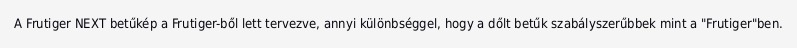
A Frutiger NEXT betűkép a Frutiger-ből lett tervezve, annyi különbséggel, hogy a dőlt betűk szabályszerűbbek mint a "Frutiger"ben.